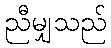
ညီမျှသည်